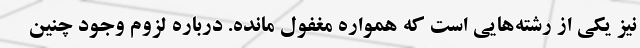
نیز یکی از رشته‌هایی است که همواره مغفول مانده. درباره لزوم وجود چنین